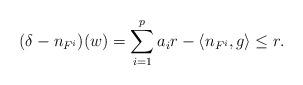
LaTeX: \begin{align*}(\delta-n_{F^i})(w) = \sum_{i=1}^p a_i r - \langle n_{F^i},g\rangle\le r.\end{align*}